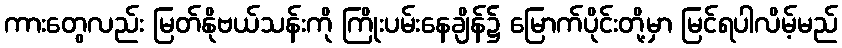
ကားတွေလည်း မြတ်နိုဗယ်သန်းကို ကြိုးပမ်းနေချိန်၌ မြောက်ပိုင်းတို့မှာ မြင်ရပါလိမ့်မည်